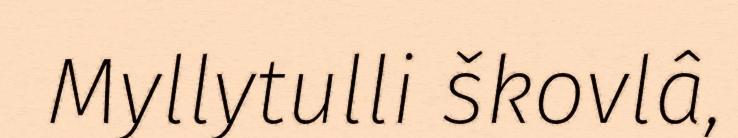
Myllytulli škovlâ,